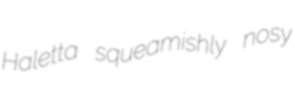
Haletta squeamishly nosy